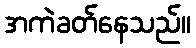
အကဲခတ်နေသည်။